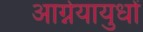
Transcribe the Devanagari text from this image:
आग्नेयायुधों